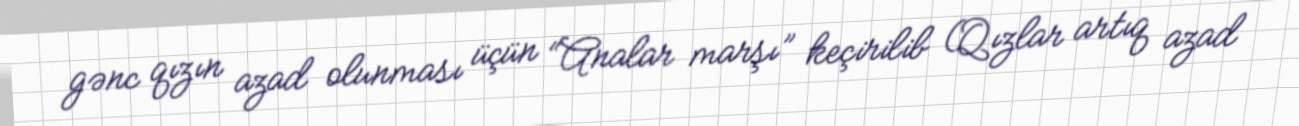
gənc qızın azad olunması üçün “Analar marşı” keçirilib (Qızlar artıq azad